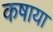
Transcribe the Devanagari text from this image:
कषाया